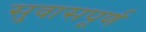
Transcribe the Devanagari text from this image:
सुवासपूर्ण